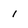
Character: 1